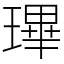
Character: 㻫